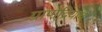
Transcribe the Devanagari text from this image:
ग्राणेंद्रियाचे